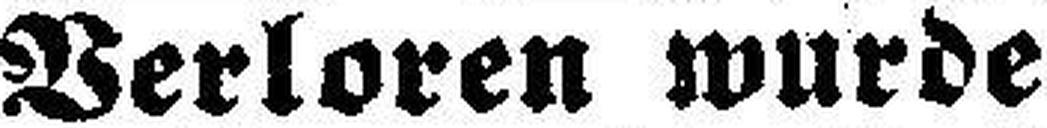
Verloren wurde